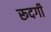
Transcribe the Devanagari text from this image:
रूदगी